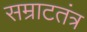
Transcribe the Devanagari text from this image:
सम्राटतंत्र